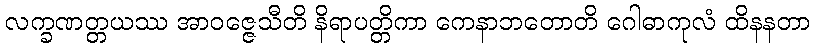
လက္ခဏတ္တယဿ အာဝဇ္ဇေသီတိ နိရာပတ္တိကာ ကေနာဘတောတိ ဂေါဓာကုလံ ထိနနတာ